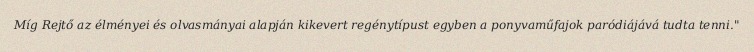
Míg Rejtő az élményei és olvasmányai alapján kikevert regénytípust egyben a ponyvaműfajok paródiájává tudta tenni."